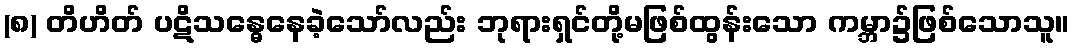
(၈) တိဟိတ် ပဋိသန္ဓေနေခဲ့သော်လည်း ဘုရားရှင်တို့မဖြစ်ထွန်းသော ကမ္ဘာ၌ဖြစ်သောသူ။